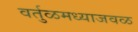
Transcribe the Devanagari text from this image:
वर्तुळमध्याजवळ